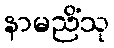
နာမညိံသု